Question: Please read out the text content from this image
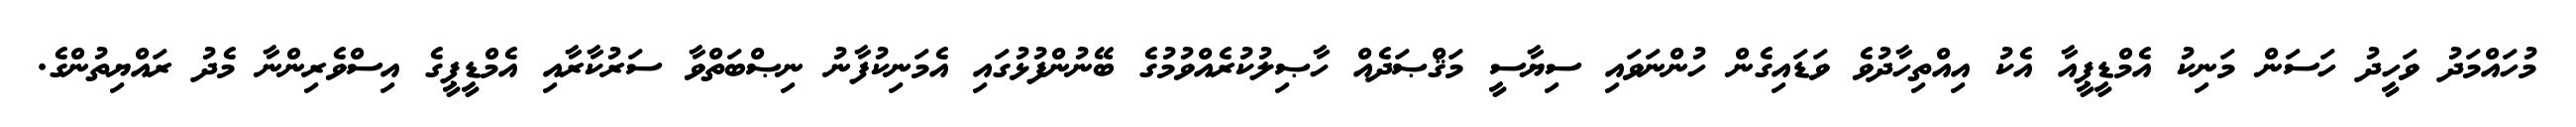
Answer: މުހައްމަދު ވަހީދު ހަސަން މަނިކު އެމްޑީޕީއާ އެކު އިއްތިހާދުވެ ވަޑައިގެން ހުންނަވައި ސިޔާސީ މަޤްޞަދެއް ހާޞިލުކުރެއްވުމުގެ ބޭނުންފުޅުގައި އެމަނިކުފާނު ނިޞްބަތްވާ ސަރުކާރާއި އެމްޑީޕީގެ އިސްވެރިންނާ މެދު ރައްޔިތުންގެ.